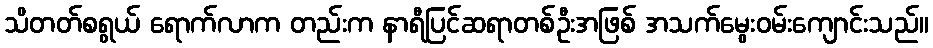
သိတတ်စရွယ် ရောက်လာက တည်းက နာရီပြင်ဆရာတစ်ဦးအဖြစ် အသက်မွေးဝမ်းကျောင်းသည်။